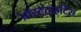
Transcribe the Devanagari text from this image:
प्रॉस्टेटाइटिस